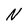
Character: N